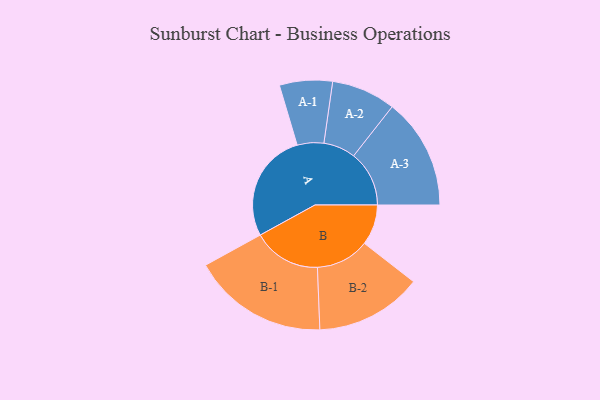
{"axis": {"x": "Segment", "y": "Value"}, "legend": ["", "A", "B"], "data": [{"x": "A", "y": 467, "type": ""}, {"x": "B", "y": 173, "type": ""}, {"x": "A-1", "y": 113, "type": "A"}, {"x": "A-2", "y": 137, "type": "A"}, {"x": "A-3", "y": 237, "type": "A"}, {"x": "B-1", "y": 290, "type": "B"}, {"x": "B-2", "y": 228, "type": "B"}]}